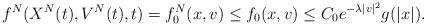
LaTeX: \begin{align*}f^N(X^N(t), V^N(t),t)=f^N_0(x,v)\leq f_0(x,v)\leq C_0e^{-\lambda |v|^2}g(|x|).\end{align*}